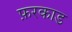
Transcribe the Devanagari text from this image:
फ़रकाड